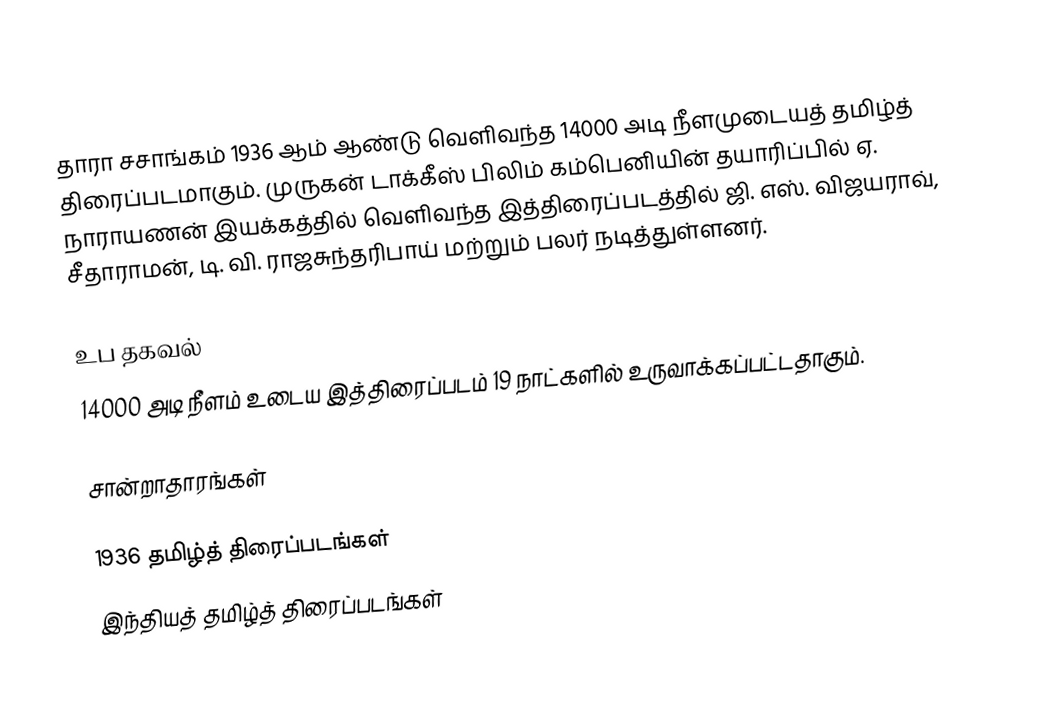
தாரா சசாங்கம் 1936 ஆம் ஆண்டு வெளிவந்த  14000 அடி நீளமுடையத் தமிழ்த் திரைப்படமாகும். முருகன் டாக்கீஸ் பிலிம் கம்பெனியின் தயாரிப்பில் ஏ. நாராயணன் இயக்கத்தில் வெளிவந்த இத்திரைப்படத்தில் ஜி. எஸ். விஜயராவ், சீதாராமன், டி. வி. ராஜசுந்தரிபாய் மற்றும் பலர் நடித்துள்ளனர்.

உப தகவல்
14000 அடி நீளம் உடைய இத்திரைப்படம் 19 நாட்களில் உருவாக்கப்பட்டதாகும்.

சான்றாதாரங்கள்

1936 தமிழ்த் திரைப்படங்கள்
இந்தியத் தமிழ்த் திரைப்படங்கள்